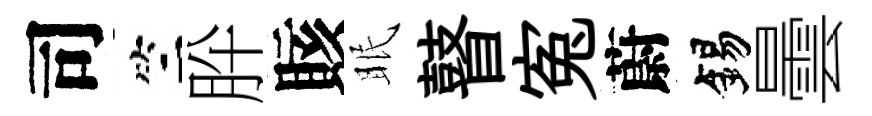
司竺肸賅眠瞽寃蔚錫曇